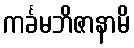
ကင်္ခမဘိဇာနာမိ